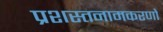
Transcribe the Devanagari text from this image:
प्रशस्तनामकरणो